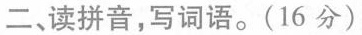
二、读拼音，写词语。(16分)